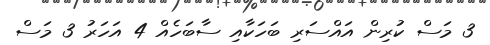
3 މަސް ކުރިން އައްސަރި ބަހަކާއި ސާބަހެއް 4 އަހަރު 3 މަސް